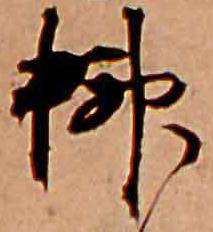
榊